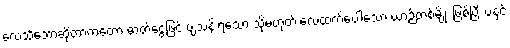
လေသင်္ဘောဆိုတာကတော့ ဓာတ်ငွေ့ဖြင့် ပျံသန်းရသော သို့မဟုတ် လေထက်ပေါ့သော ယာဉ်တစ်မျိုး ဖြစ်ပြီး ပဲ့နှင့်